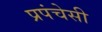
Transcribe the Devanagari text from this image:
प्रपंचेसी